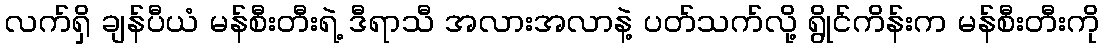
လက်ရှိ ချန်ပီယံ မန်စီးတီးရဲ့ ဒီရာသီ အလားအလာနဲ့ ပတ်သက်လို့ ရွိုင်ကိန်းက မန်စီးတီးကို